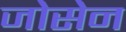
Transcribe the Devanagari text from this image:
जोसेन